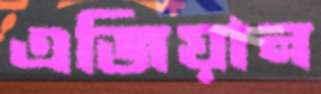
এজিয়ান